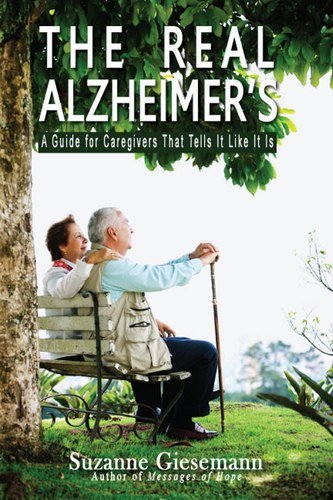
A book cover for The Real Alzheimer's: A Guide for Caregivers That Tells It Like It Is; Suzanne Giesemann; Health, Fitness & Dieting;